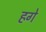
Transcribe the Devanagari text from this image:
हगे